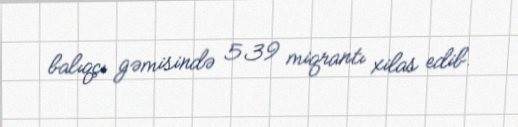
balıqçı gəmisində 539 miqrantı xilas edib.